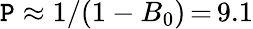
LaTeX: \mathtt{P}\approx1/(1-B_{0})\, {=}\, 9.1